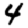
Digit: 4